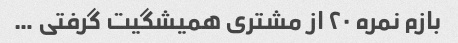
بازم نمره ۲۰ از مشتری همیشگیت گرفتی …